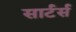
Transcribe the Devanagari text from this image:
सार्टर्स